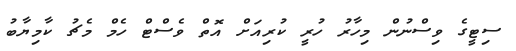
ސިޓީގެ ވިސްނުން މިހާރު ހުރީ ކުރިއަށް އޮތް ވެސްޓް ހެމް މެޗު ކާމިޔާބު